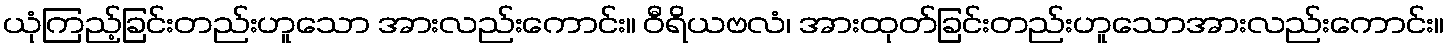
ယုံကြည့်ခြင်းတည်းဟူသော အားလည်းကောင်း။ ဝီရိယဗလံ၊ အားထုတ်ခြင်းတည်းဟူသောအားလည်းကောင်း။